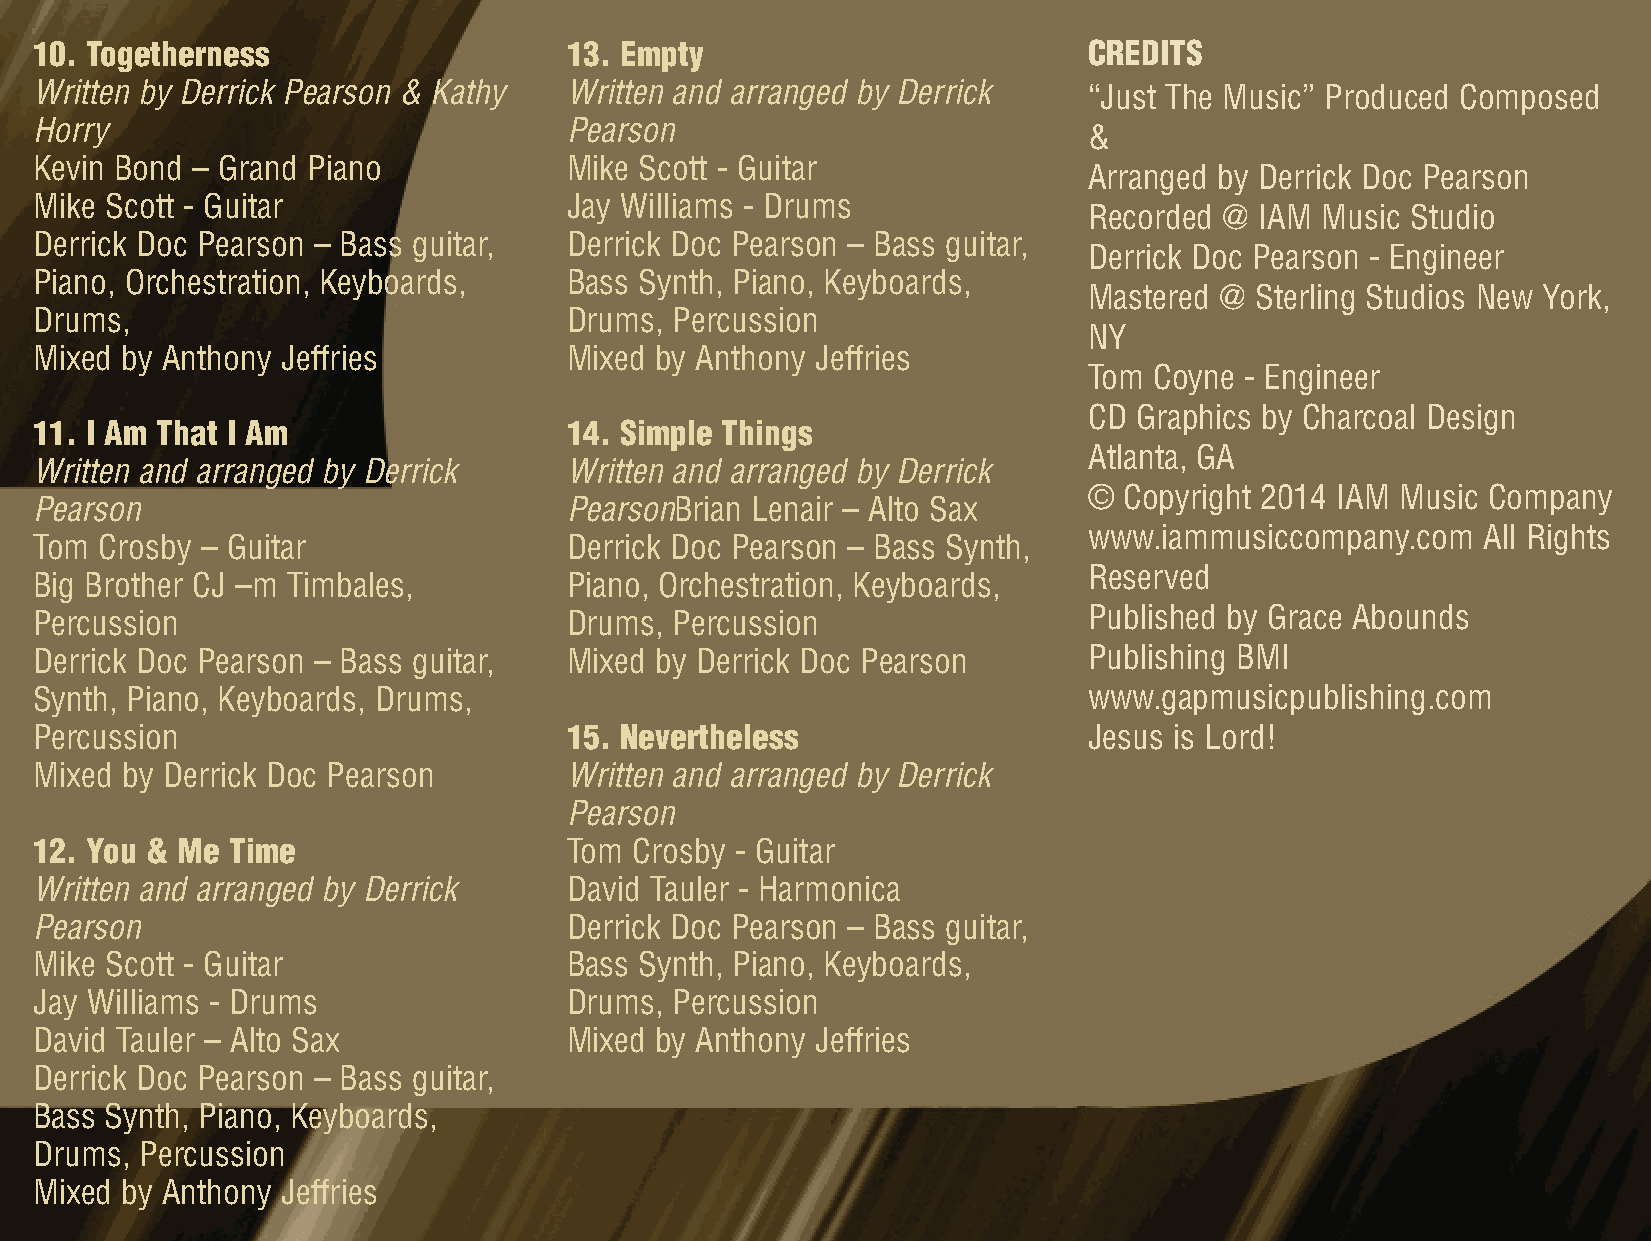
10. Togetherness                    13. Empty                         CREDITS
 Written by Derrick Pearson & Kathy  Written and arranged by Derrick   “Just The Music” Produced Composed
 Horry                               Pearson
 &
 Kevin Bond – Grand Piano            Mike Scott - Guitar
 Arranged by Derrick Doc Pearson
 Mike Scott - Guitar                 Jay Williams - Drums
 Recorded @ IAM Music Studio
 Derrick Doc Pearson – Bass guitar,  Derrick Doc Pearson – Bass guitar,
 Derrick Doc Pearson - Engineer
 Piano, Orchestration, Keyboards,    Bass Synth, Piano, Keyboards,
 Mastered @ Sterling Studios New York,
 Drums,                              Drums, Percussion
 NY
 Mixed by Anthony Jeffries           Mixed by Anthony Jeffries
 Tom Coyne - Engineer
 CD Graphics by Charcoal Design
 11. I Am That I Am                  14. Simple Things
 Atlanta, GA
 Written and arranged by Derrick     Written and arranged by Derrick
 © Copyright 2014 IAM Music Company
 Pearson                             PearsonBrian Lenair – Alto Sax
 www.iammusiccompany.com   All Rights
 Tom  Crosby – Guitar                Derrick Doc Pearson – Bass Synth,
 Reserved
 Big Brother CJ –m Timbales,         Piano, Orchestration, Keyboards,
 Percussion                          Drums, Percussion                 Published by Grace Abounds
 Derrick Doc Pearson – Bass guitar,  Mixed by Derrick Doc Pearson      Publishing BMI
 Synth, Piano, Keyboards, Drums,                                       www.gapmusicpublishing.com
 Percussion                          15. Nevertheless                  Jesus is Lord!
 Mixed by Derrick Doc Pearson        Written and arranged by Derrick
 Pearson
 12. You & Me Time                   Tom Crosby - Guitar
 Written and arranged by Derrick     David Tauler - Harmonica
 Pearson                             Derrick Doc Pearson – Bass guitar,
 Mike Scott - Guitar                 Bass Synth, Piano, Keyboards,
 Jay Williams - Drums                Drums, Percussion
 David Tauler – Alto Sax             Mixed by Anthony Jeffries
 Derrick Doc Pearson – Bass guitar,
 Bass Synth, Piano, Keyboards,
 Drums, Percussion
 Mixed by Anthony Jeffries